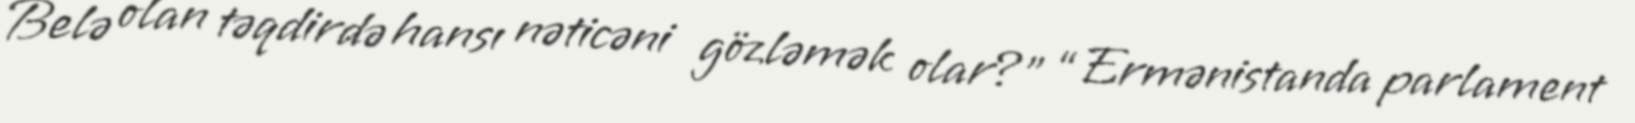
Belə olan təqdirdə hansı nəticəni gözləmək olar?” “Ermənistanda parlament